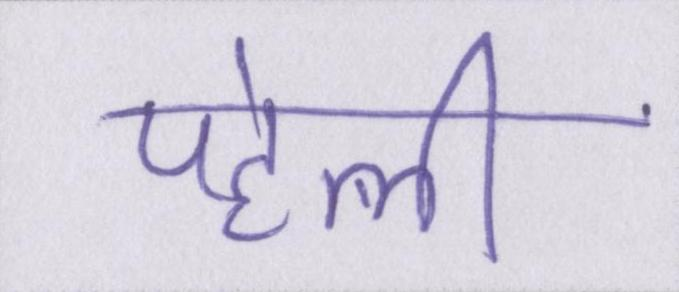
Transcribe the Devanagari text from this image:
पहेली